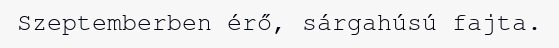
Szeptemberben érő, sárgahúsú fajta.